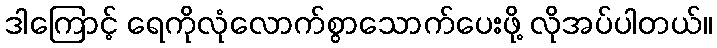
ဒါကြောင့် ရေကိုလုံလောက်စွာသောက်ပေးဖို့ လိုအပ်ပါတယ်။